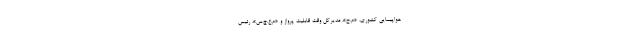
هواپیمایی کشوری، «م.ح»، مدیرکل وقت قابلیت پرواز و «م.ع.چ.س»، رئیس